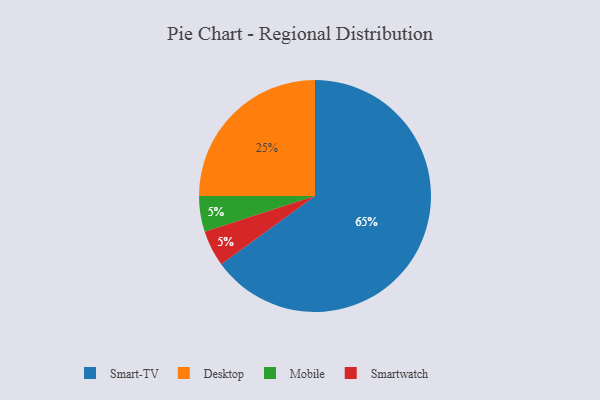
{"axis": {"x": "Category", "y": "Percentage"}, "legend": ["Desktop", "Mobile", "Smart-TV", "Smartwatch"], "data": [{"x": "Mobile", "y": 5, "type": "Mobile"}, {"x": "Smartwatch", "y": 5, "type": "Smartwatch"}, {"x": "Smart-TV", "y": 65, "type": "Smart-TV"}, {"x": "Desktop", "y": 25, "type": "Desktop"}]}